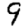
Digit: 9